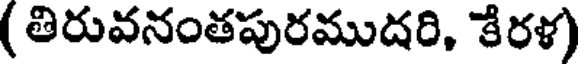
( తిరువనంతపురముదరి, కేరళ)